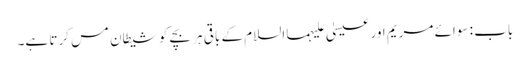
باب : سوائے مریم اور عیسیٰ علیہما السلام کے باقی ہر بچے کو شیطان مس کرتا ہے۔